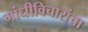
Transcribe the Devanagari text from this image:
गांधीविचारांचा